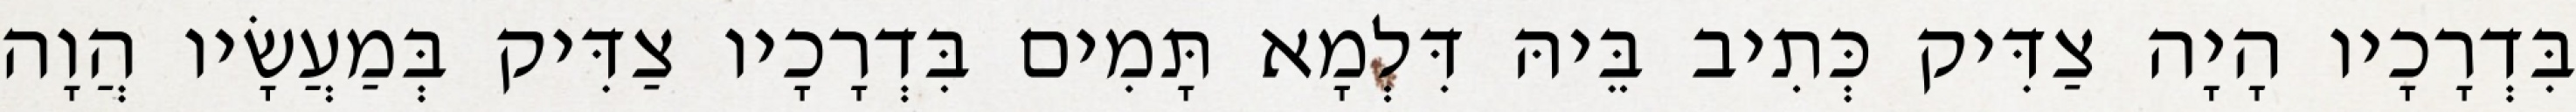
בִּדְרָכָיו הָיָה צַדִּיק כְּתִיב בֵּיהּ דִּלְמָא תָּמִים בִּדְרָכָיו צַדִּיק בְּמַעֲשָׂיו הֲוָה